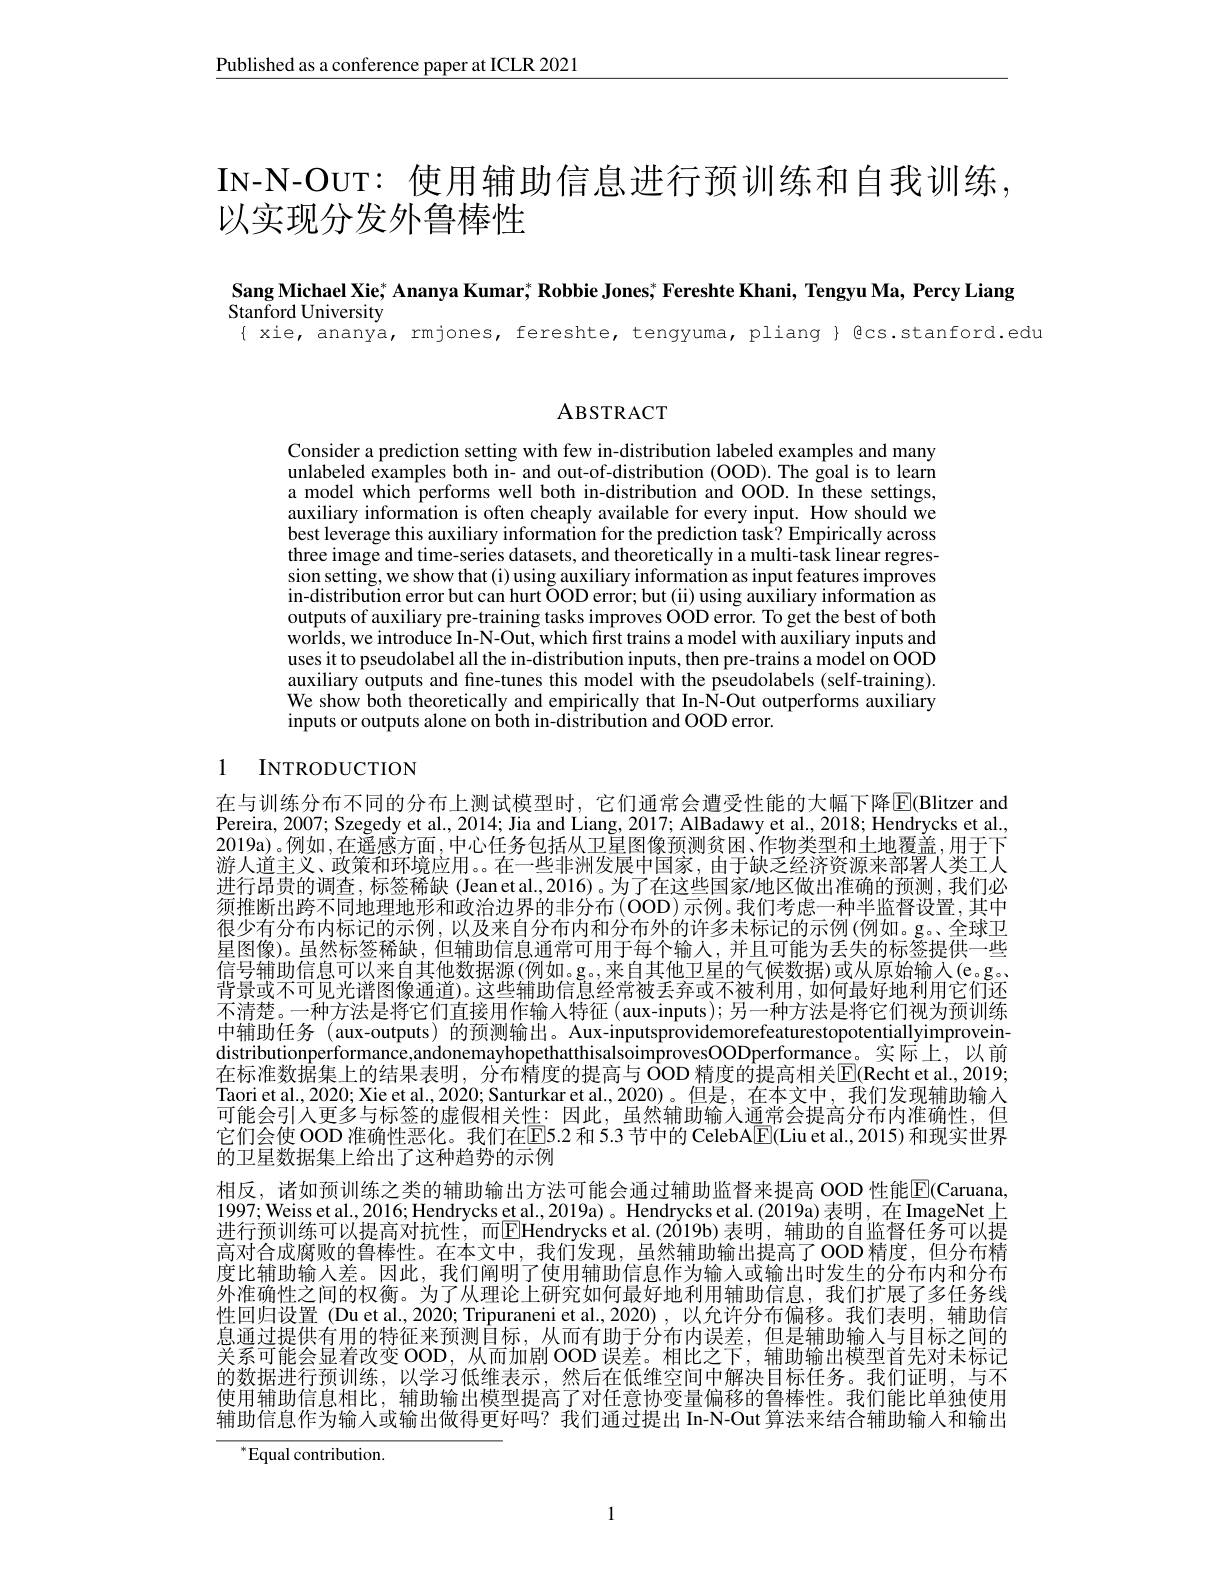
$\underline{\text{Published as a conference paper at ICLR 2021}}$

# IN- N- OUT: 使用辅助信息进行预训练和自我训练， 以实现分发外鲁棒性

Sang Michael Xie; Ananya Kumar; Robbie Jones; Fereshte Khani, Tengyu Ma, Percy Liang

Stanford University
{ xie, ananya, rmjones, fereshte, tengyuma, pliang} { @cs.stanford.edu

ABSTRACT

Consider a prediction setting with few in-distribution labeled examples and many unlabeled examples both in- and out-of-distribution (OOD). The goal is to learn a model which performs well both in-distribution and OOD. In these settings, auxiliary information is often cheaply available for every input. How should we best leverage this auxiliary information for the prediction task? Empirically across three image and time-series datasets, and theoretically in a multi-task linear regression setting, we show that (i) using auxiliary information as input features improves in-distribution error but can hurt ÖOD error; but (ii) using auxiliary information as outputs of auxiliary pre-training tasks improves OOD error. To get the best of both worlds, we introduce In-N-Out, which first trains a model with auxiliary inputs and uses it to pseudolabel all the in-distribution inputs, then pre-trains a model on OOD auxiliary outputs and fine-tunes this model with the pseudolabels (self-training) We show both theoretically and empirically that In-Ñ-Out outperforms auxiliary inputs or outputs alone on both in-distribution and OOD error.

## 1 INTRODUCTION

在与训练分布不同的分布上测试模型时，它们通常会遭受性能的大幅下降$\overline{\mathrm{E}}$(Blitzer and Pereira, 2007; Szegedy et al., 2014; Jia and Liang, 2017; AlBadawy et al., 2018; Hendrycks et al. 2019a)。例如，在遥感方面，中心任务包括从卫星图像预测贫困、作物类型和土地覆盖，用于下游人道主义、政策和环境应用。。在一些非洲发展中国家，由于缺乏经济资源来部署人类工人进行昂贵的调查，标签稀缺(Jeanetal.,2016)。为了在这些国家$j$地区做出准确的预测，我们必须推断出跨不同地理地形和政治边界的非分布(OOD)示例。我们考虑一种半监督设置，其中很少有分布内标记的示例，以及来自分布内和分布外的许多未标记的示例(例如。g。、全球卫星图像)。虽然标签稀缺，但辅助信息通常可用于每个输入，并且可能为丢失的标签提供一些信号辅助信息可以来自其他数据源(例如。g。,来自其他卫星的气候数据)或从原始输入(e。g。背景或不可见光谱图像通道)。这些辅助信息经常被丢弃或不被利用，如何最好地利用它们还不清楚。一种方法是将它们直接用作输人特征(aux-inputs);另一种方法是将它们视为预训练中辅助任务 (aux-outputs) 的预测输出。Aux-inputsprovidemorefeaturestopotentiallyimproveindistributionperformance,andonemayhopethatthisalsoimprovesOODperformance。实际上，以前$\hat{\text{在标准数据集上的结果表明，分布精度的提高与 ÖOD 精度的提高相关}\mathbb{E}}($Recht et al.2019; Taori et al., 2020; Xie et al., 2020; Santurkar et al., 2020)。但是，在本文中，我们发现辅助输人可能会引入更多与标签的虚假相关性：因此，虽然辅助输入通常会提高分布内准确性，但它们会使 OOD 准确性恶化。我们在$\overline{\mathrm{E}}$5.2 和 5.3 节中的 CelebA$\underline{\mathrm{E}}($Liu et al., 2015) 和现实世界的卫星数据集上给出了这种趋势的示例
相反，诸如预训练之类的辅助输出方法可能会通过辅助监督来提高 OOD 性能$\color{red}{\mathrm{E}}($Caruana, 1997; Weiss et al., 2016; Hendrycks et al., 2019a)。Hendrycks et al.(2019a) 表明，在 ImageNet 上进行预训练可以提高对抗性，而$\overline{\text{EHendrycks et al.(2019b)表明，辅助的自监督任务可以提}}$ 高对合成腐败的鲁棒性。在本文中，我们发现，虽然辅助输出提高了OOD精度，但分布精度比辅助输入差。因此，我们阐明了使用辅助信息作为输人或输出时发生的分布内和分布外准确性之间的权衡。为了从理论上研究如何最好地利用辅助信息，我们扩展了多任务线性回归设置 (Du et al., 2020; Tripuraneni et al., 2020), 以允许分布偏移。我们表明，辅助信息通过提供有用的特征来预测自标，从而有助于分布内误差，但是辅助输入与目标之间的关系可能会显着改变 OOD, 从而加剧 OOD 误差。相比之下，辅助输出模型首先对未标记的数据进行预训练，以学习低维表示，然后在低维空间中解决目标任务。我们证明，与不使用辅助信息相比，辅助输出模型提高了对任意协变量偏移的鲁棒性。我们能比单独使用辅助信息作为输入或输出做得更好吗？我们通过提出 In-N-Out 算法来结合辅助输人和输出

$^{*}$Equal contribution.

1